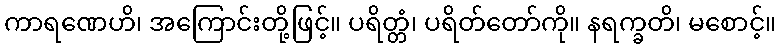
ကာရဏေဟိ၊ အကြောင်းတို့ဖြင့်။ ပရိတ္တံ၊ ပရိတ်တော်ကို။ နရက္ခတိ၊ မစောင့်။